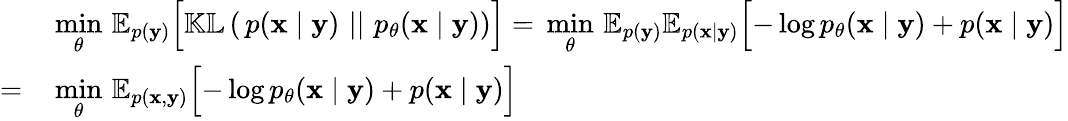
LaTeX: \begin{array}{rl}&{\underset{\mathbf{\theta}}{\min}\, \mathbb{E}_{p(\mathbf{y})}\Bigl[\mathbb{KL}\left(\, p(\mathbf{x}\mid\mathbf{y})\, \, ||\, \, p_{\theta}(\mathbf{x}\mid\mathbf{y})\right)\Bigr]=\, \underset{\mathbf{\theta}}{\min}\, \mathbb{E}_{p(\mathbf{y})}\mathbb{E}_{p(\mathbf{x}\mid\mathbf{y})}\Bigl[-\log p_{\theta}(\mathbf{x}\mid\mathbf{y})+p(\mathbf{x}\mid\mathbf{y})\Bigr]}\\ {=\, }&{\underset{\mathbf{\theta}}{\min}\, \mathbb{E}_{p(\mathbf{x},\mathbf{y})}\Bigl[-\log p_{\theta}(\mathbf{x}\mid\mathbf{y})+p(\mathbf{x}\mid\mathbf{y})\Bigr]}\end{array}